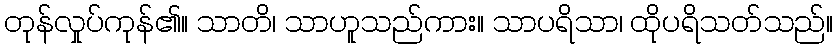
တုန်လှုပ်ကုန်၏။ သာတိ၊ သာဟူသည်ကား။ သာပရိသာ၊ ထိုပရိသတ်သည်။